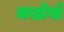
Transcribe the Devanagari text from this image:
कडोगो